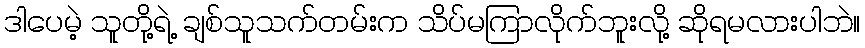
ဒါပေမဲ့ သူတို့ရဲ့ ချစ်သူသက်တမ်းက သိပ်မကြာလိုက်ဘူးလို့ ဆိုရမလားပါဘဲ။